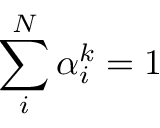
\sum _ { i } ^ { N } \alpha _ { i } ^ { k } = 1